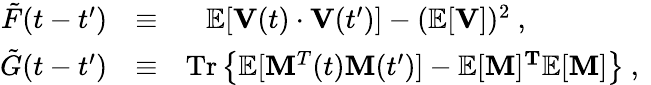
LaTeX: \begin{array}{rlr}{\tilde{F}(t-t^{\prime})}&{\equiv}&{\mathbb{E}[{\mathbf{V}}(t)\cdot{\mathbf{V}}(t^{\prime})]-(\mathbb{E}[{\mathbf{V}}])^{2}\ ,\ {\mathrm{~~~~~~~~~~~~~~~~}}}\\ {\tilde{G}(t-t^{\prime})}&{\equiv}&{{\mathrm{Tr}}\left\{ \mathbb{E}[{\mathbf{M}^{T}}(t){\mathbf{M}}(t^{\prime})]-\mathbb{E}[{\mathbf{M}}]{\mathbf{^T}}\mathbb{E}[{\mathbf{M}}]\right\} \ ,\ }\end{array}